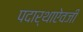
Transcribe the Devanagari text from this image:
पदार्थाऐवजी